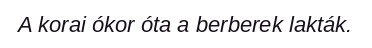
A korai ókor óta a berberek lakták.